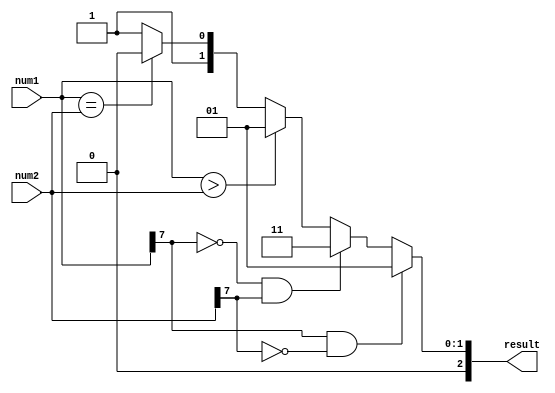
module signed_magnitude_comparator (
    input signed [7:0] num1,
    input signed [7:0] num2,
    output [2:0] result
);

reg [2:0] result;

always @(*) begin
    if (num1[7] == 1 && num2[7] == 0) begin
        result = 3'b001; // num1 is greater than num2
    end else if (num1[7] == 0 && num2[7] == 1) begin
        result = 3'b011; // num1 is less than num2
    end else begin
        if (num1 > num2) begin
            result = 3'b001; // num1 is greater than num2
        end else if (num1 == num2) begin
            result = 3'b010; // num1 is equal to num2
        end else begin
            result = 3'b011; // num1 is less than num2
        end
    end
end

assign result = result;

endmodule